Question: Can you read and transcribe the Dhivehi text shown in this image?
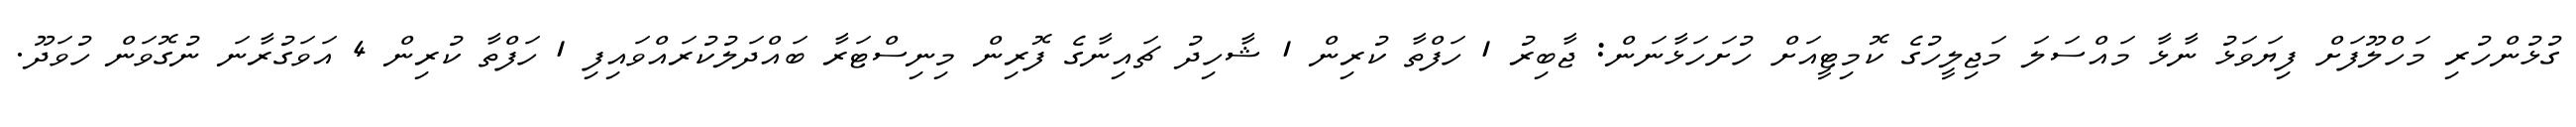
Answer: ގުޅުންހުރި މަހްލޫފަށް ފިޔަވަޅު ނާޅާ މައްސަލަ މަޖިލީހުގެ ކޮމިޓީއަށް ހުށަހަޅާނަން: ޖާބިރު 1 ހަފްތާ ކުރިން 1 ޝާހިދު ޗައިނާގެ ފޮރިން މިނިސްޓަރާ ބައްދަލުކުރައްވައިފި 1 ހަފްތާ ކުރިން 4 އަވަގުރާނަ ނުގޮވަން ހުވަދޫ.